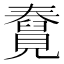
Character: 𧢆